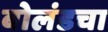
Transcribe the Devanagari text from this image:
बोलंडचा